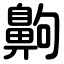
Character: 齁